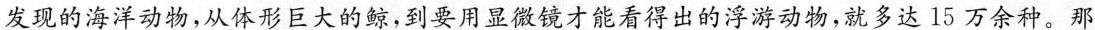
发现的海洋动物，从体形巨大的鲸，到要用显微镜才能看得出的浮游动物，就多达15万余种。那